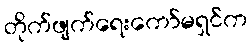
တိုက်ဖျက်ရေးကော်မရှင်က